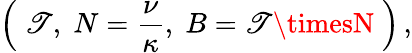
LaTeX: \left(\; \mathscr{T},\; N=\frac{{\nu}}{{\kappa}},\; B=\mathscr{T}\timesN\; \right)\, ,